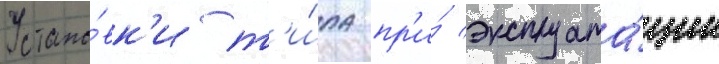
Устано́вк'и т'и́па пр'и́ эксплуата́ции